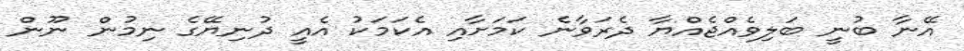
އޭނާ ބުނީ ބަލިވެއްޖެއްޔާ ދެރަވާނެ ކަމަށާއި އެކަމަކު އެއީ ދުނިޔޭގެ ނިމުން ނޫން